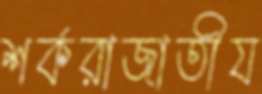
শর্করাজাতীয